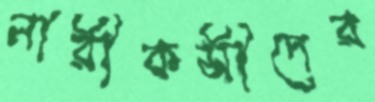
নারীকর্মীদের